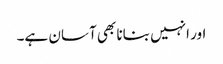
اور انہیں بنانا بھی آسان ہے۔